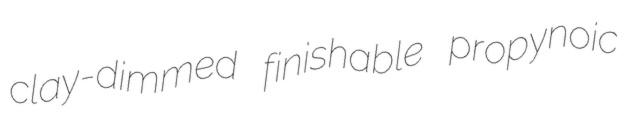
clay-dimmed finishable propynoic